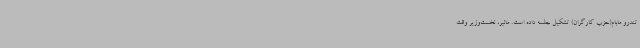
تندرو مابام(حزب کارگران) تشکیل جلسه داده است. مائیر، نخست‌وزیر وقت